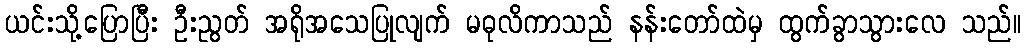
ယင်းသို့ပြောပြီး ဦးညွတ် အရိုအသေပြုလျက် မဓုလိကာသည် နန်းတော်ထဲမှ ထွက်ခွာသွားလေ သည်။